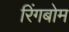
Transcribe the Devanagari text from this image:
रिंगबोम